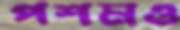
পশমও